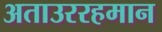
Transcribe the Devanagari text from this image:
अताउररहमान